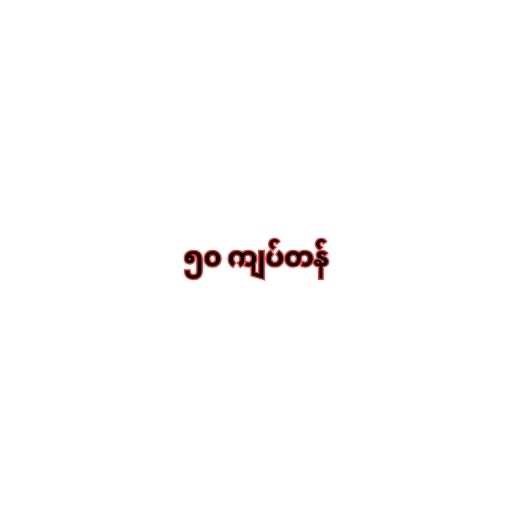
၅၀ ကျပ်တန်